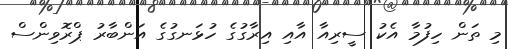
މި ތަން ހިފުމާ އެކު ސީރިއާ އާއި އިރާގުގެ ހުޅަނގުގެ އަންބާރު ޕްރޮވިންސް